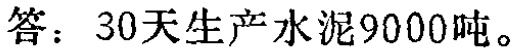
答：30天生产水泥9000吨。